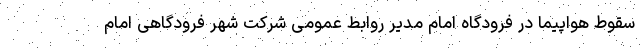
سقوط هواپیما در فرودگاه امام مدیر روابط عمومی شرکت شهر فرودگاهی امام